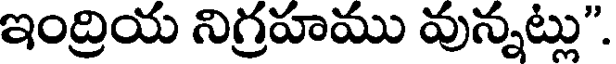
ఇంద్రియ నిగ్రహము వున్నట్లు".